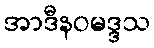
အာဒီနဝမဒ္ဒသ